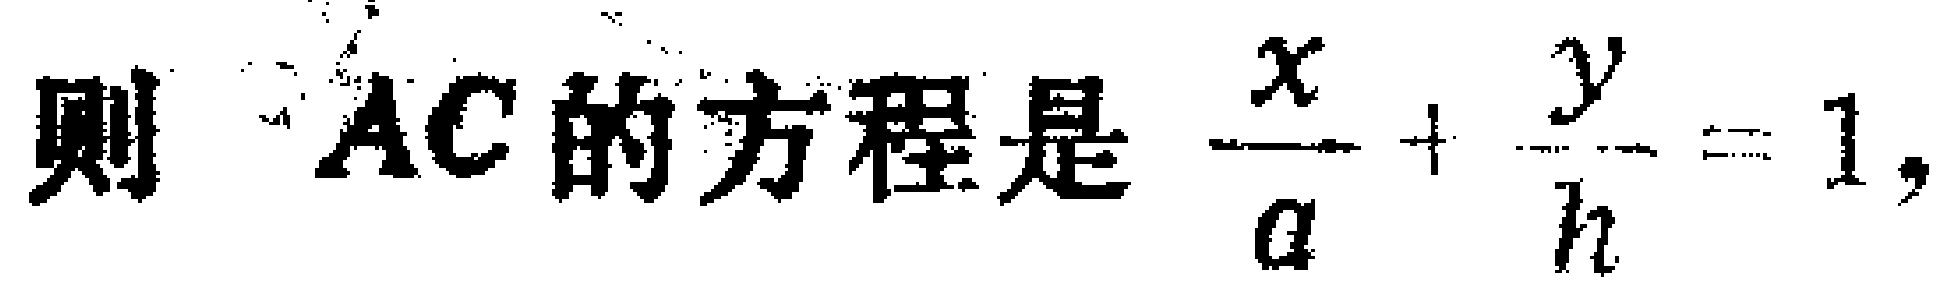
则 \(AC\) 的方程是 \(\frac{x}{a}+\frac{y}{h}=1\)，